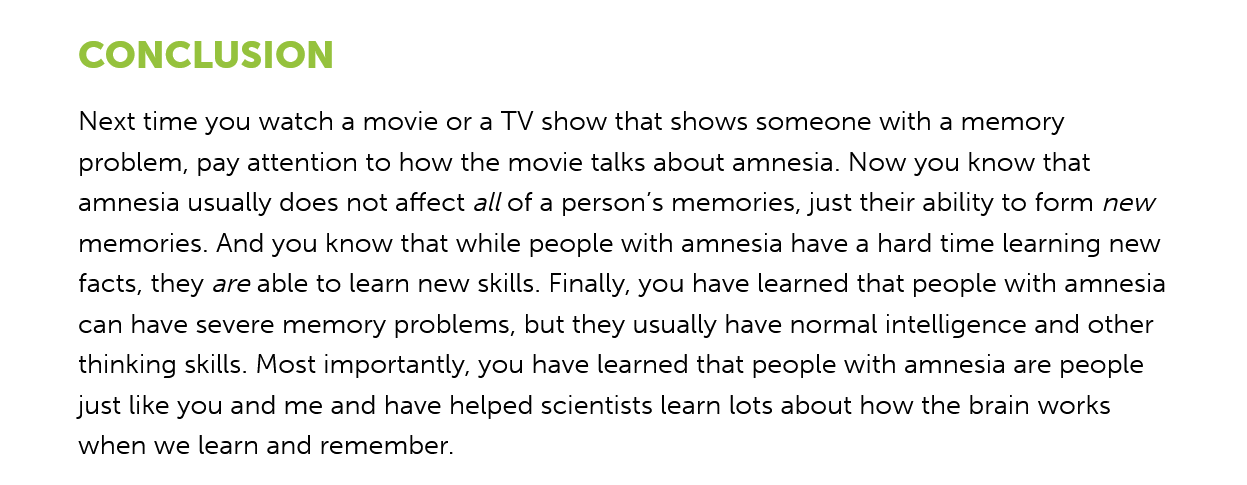
CONCLUSION
     Next time you watch a movie or a TV show that shows someone with a memory
     problem, pay attention to how the movie talks about amnesia. Now you know that
     amnesia usually does not affect all of a person’s memories, just their ability to form new
     memories. And you know that while people with amnesia have a hard time learning new
     facts, they are able to learn new skills. Finally, you have learned that people with amnesia
     can have severe memory problems, but they usually have normal intelligence and other
     thinking skills. Most importantly, you have learned that people with amnesia are people
     just like you and me and have helped scientists learn lots about how the brain works
     when we learn and remember.